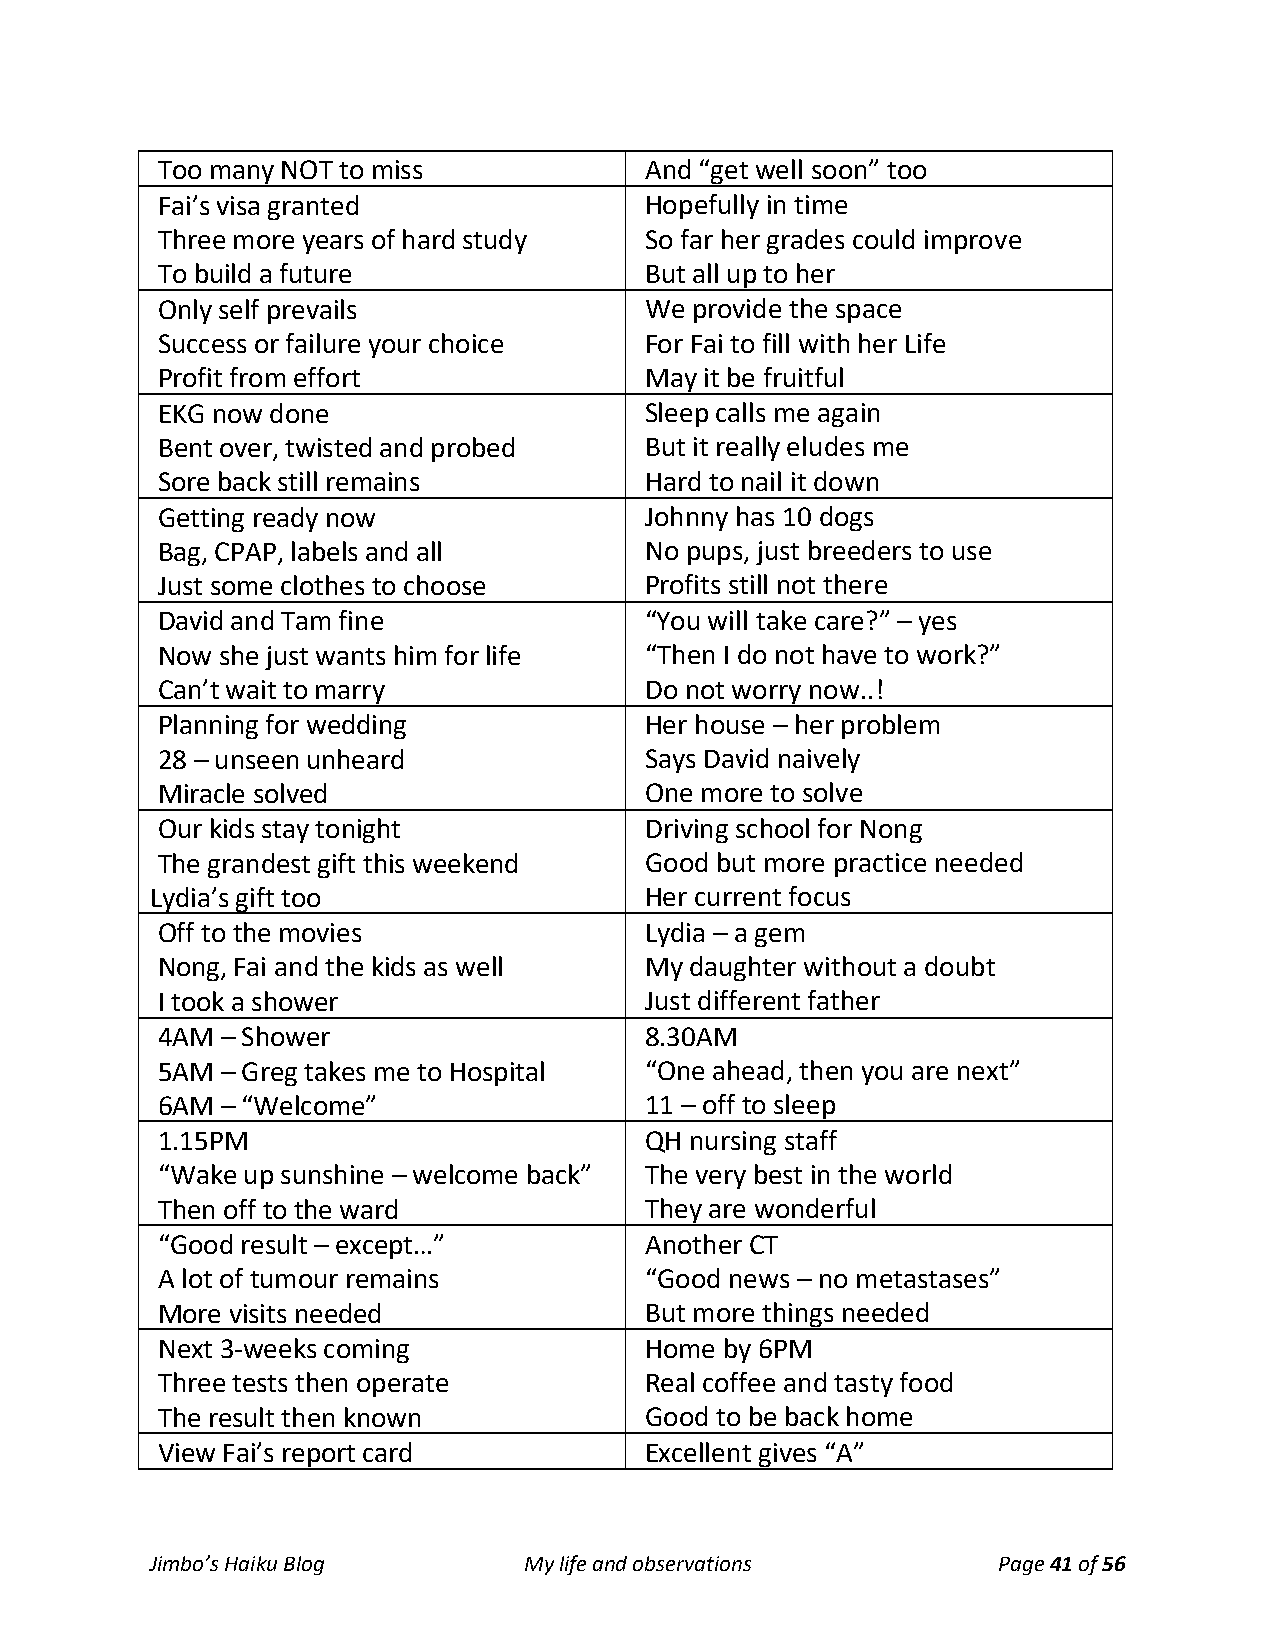
Too many NOT to miss             And “get well soon” too
 Fai’s visa granted               Hopefully in time
 Three more years of hard study   So far her grades could improve
 To build a future                But all up to her
 Only self prevails               We provide the space
 Success or failure your choice   For Fai to fill with her Life
 Profit from effort               May it be fruitful
 EKG now done                     Sleep calls me again
 Bent over, twisted and probed    But it really eludes me
 Sore back still remains          Hard to nail it down
 Getting ready now                Johnny has 10 dogs
 Bag, CPAP, labels and all        No pups, just breeders to use
 Just some clothes to choose      Profits still not there
 David and Tam fine               “You will take care?” – yes
 Now she just wants him for life  “Then I do not have to work?”
 Can’t wait to marry              Do not worry now..!
 Planning for wedding             Her house – her problem
 28 – unseen unheard              Says David naively
 Miracle solved                   One more to solve
 Our kids stay tonight            Driving school for Nong
 The grandest gift this weekend   Good but more practice needed
 Lydia’s gift too                 Her current focus
 Off to the movies                Lydia – a gem
 Nong, Fai and the kids as well   My daughter without a doubt
 I took a shower                  Just different father
 4AM  – Shower                    8.30AM
 5AM  – Greg takes me to Hospital “One ahead, then you are next”
 6AM  – “Welcome”                 11 – off to sleep
 1.15PM                           QH nursing staff
 “Wake up sunshine – welcome back” The very best in the world
 Then off to the ward             They are wonderful
 “Good result – except…”          Another CT
 A lot of tumour remains          “Good news – no metastases”
 More visits needed               But more things needed
 Next 3-weeks coming              Home by 6PM
 Three tests then operate         Real coffee and tasty food
 The result then known            Good to be back home
 View Fai’s report card           Excellent gives “A”
 Jimbo’s Haiku Blog       My life and observations       Page 41 of 56